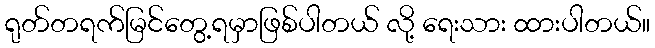
ရုတ်တရက်မြင်တွေ့ရမှာဖြစ်ပါတယ် လို့ ရေးသား ထားပါတယ်။